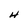
Character: H